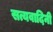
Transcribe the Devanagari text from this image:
सत्यवादिनी